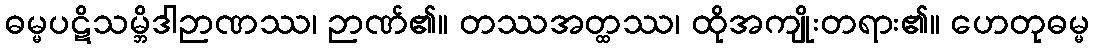
ဓမ္မပဋိသမ္ဘိဒါဉာဏဿ၊ ဉာဏ်၏။ တဿအတ္ထဿ၊ ထိုအကျိုးတရား၏။ ဟေတုဓမ္မ